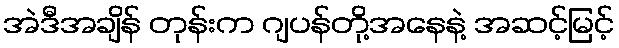
အဲဒီအချိန် တုန်းက ဂျပန်တို့အနေနဲ့ အဆင့်မြင့်